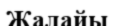
Жалайы